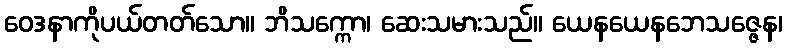
ဝေဒနာကိုပယ်တတ်သော။ ဘိသက္ကော၊ ဆေးသမားသည်။ ယေနယေနဘေသဇ္ဇေန၊